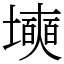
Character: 㙽